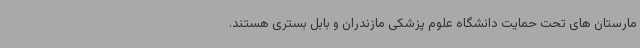
مارستان های تحت حمایت دانشگاه علوم پزشکی مازندران و بابل بستری هستند.